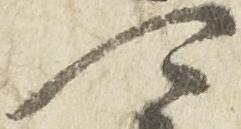
可